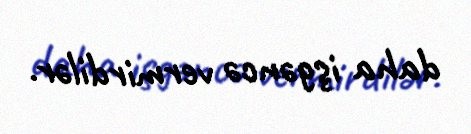
daha işgəncə vermirdilər.